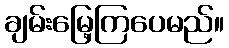
ချမ်းမြေ့ကြပေမည်။